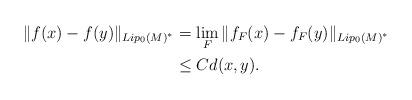
LaTeX: \begin{align*}\|f(x) - f(y)\|_{Lip_0(M)^*} &= \lim_F \|f_F(x) - f_F(y)\|_{Lip_0(M)^*} \\& \leq C d(x, y).\end{align*}